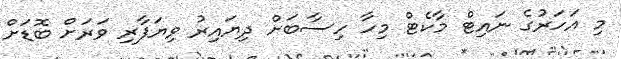
މި އަހަރުގެ ނައިޓް މާކެޓް މިހާ ހިސާބަށް ދިޔައިރު ވިޔަފާރި ވަރަށް ބޮޑަށް